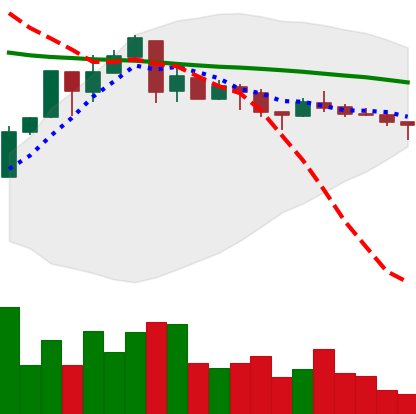
Ticker: XMR-USD
Chart end date: 2018-05-07
Forward return: -13.347%
Label: down_7plus